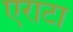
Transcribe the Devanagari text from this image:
एराटा